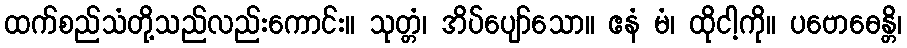
ထက်စည်သံတို့သည်လည်းကောင်း။ သုတ္တံ၊ အိပ်ပျော်သော။ ဧနံ မံ၊ ထိုငါ့ကို။ ပဗောဓေန္တိ၊